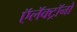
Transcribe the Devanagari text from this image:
ऍलॅक्ट्रॉनों